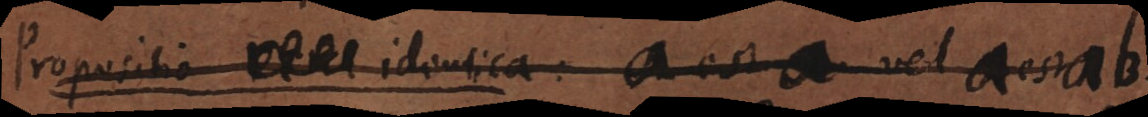
Propositio identica : a est a vel a est ab.